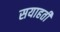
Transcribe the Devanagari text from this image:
सयाहती